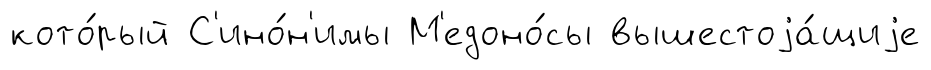
кото́рый С'ино́н'имы М'едоно́сы вышестоjа́щиjе